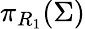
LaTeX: \pi_{R_{1}}(\Sigma)